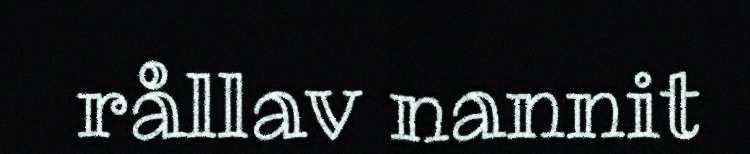
rållav nannit